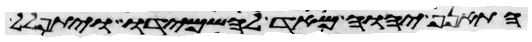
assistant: התאנף יהוה מאד להשמידו ויתפלל